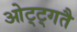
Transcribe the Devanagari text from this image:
ओट्ट्गतै